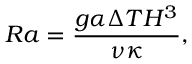
R a = \frac { g \alpha \Delta T H ^ { 3 } } { \nu \kappa } ,